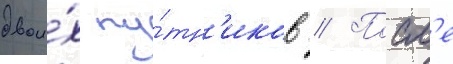
двои́х пу́тн'иков // Посл'е